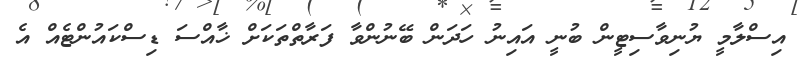
އިސްލާމީ ޔުނިވާސިޓީން ބުނީ އައިނު ހަދަން ބޭނުންވާ ފަރާތްތަކަށް ޚާއްސަ ޑިސްކައުންޓެއް އެ